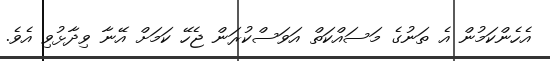
އެހެންކަމުން އެ ތަނުގެ މަސައްކަތް އަވަސްކުރަން ޖެހޭ ކަމަށް އޭނާ ވިދާޅުވި އެވެ.